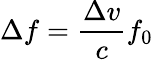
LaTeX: \Delta f={\frac{\Delta v}{c}}f_{0}